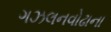
ગઝલનવોઢાના